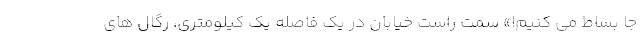
جا بساط می کنیم!» سمت راست خیابان در یک فاصله یک کیلومتری، رگال های